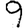
Digit: 9